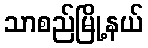
သာစည်မြို့နယ်